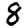
Digit: 8